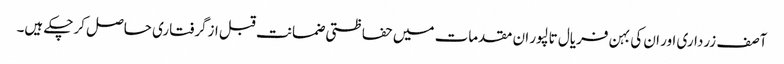
آصف زرداری اور ان کی بہن فریال تالپور ان مقدمات میں حفاظتی ضمانت قبل ازگرفتاری حاصل کرچکے ہیں۔